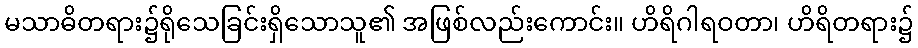
မသာဓိတရား၌ရိုသေခြင်းရှိသောသူ၏ အဖြစ်လည်းကောင်း။ ဟိရိဂါရဝတာ၊ ဟိရိတရား၌